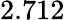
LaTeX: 2.712